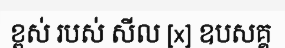
ខ្ពស់ របស់ សីល [x] ឧបសគ្គ